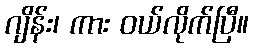
ဂျိန်း၊ ကား ဝယ်လိုက်ပြီ။